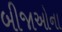
બીજાઓના